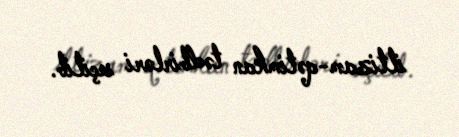
iltizam-qətimkan tədbirləri seçilib.